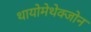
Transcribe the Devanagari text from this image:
थायोमेथेक्‍जोन